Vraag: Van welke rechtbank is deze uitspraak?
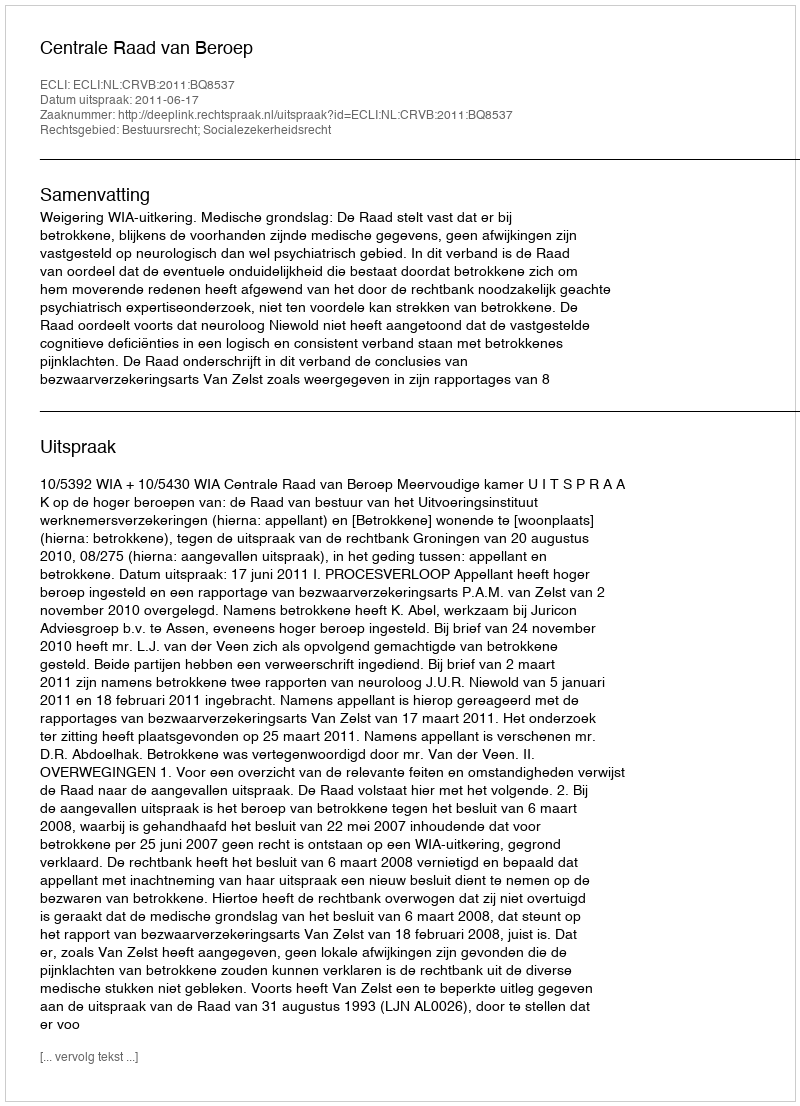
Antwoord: Centrale Raad van Beroep